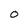
Character: 0